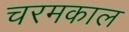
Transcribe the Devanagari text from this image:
चरमकाल